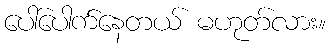
ပေါ်ပေါက်နေတယ် မဟုတ်လား။